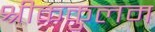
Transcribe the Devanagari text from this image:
श्रीककुलम